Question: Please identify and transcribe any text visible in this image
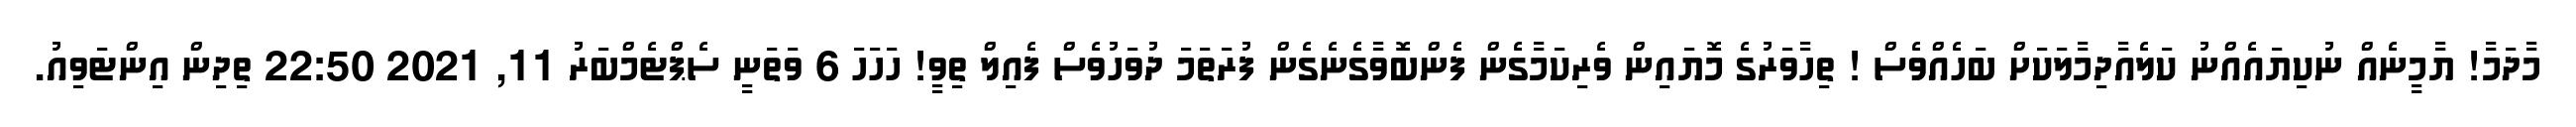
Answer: މާދަމާ! ޔާމީނެއް ނުކިޔައެއްނު ކަލެއާދިމާލަކަށް ބަހެއްވެސް ! ތިހާވަރުގެ މޮޔައިން ވެރިކަމާގެން ފެންބޮވާގެނެގެން ފުރަތަމަ ދުވަހުވެސް ފެއިލް ތިވީ! ހަހަހަ 6 ވަތަނީ ސެޕްޓެމްބަރު 11, 2021 22:50 ތިދިން އިންޓަވިއު.